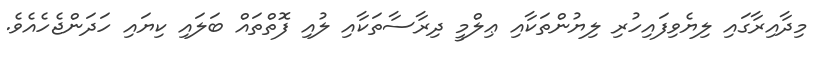
މިދާއިރާގައި ލިޔެވިފައިހުރި ލިޔުންތަކާއި ޢިލްމީ ދިރާސާތަކާއި ލުއި ފޮތްތައް ބަލައި ކިޔައި ހަދަންޖެހެއެވެ.